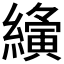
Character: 𮉍